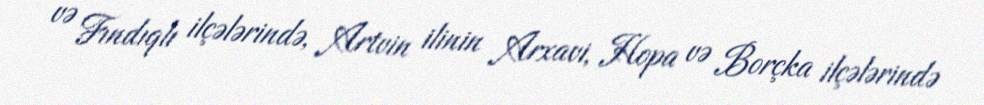
və Fındıqlı ilçələrində, Artvin ilinin Arxavi, Hopa və Borçka ilçələrində